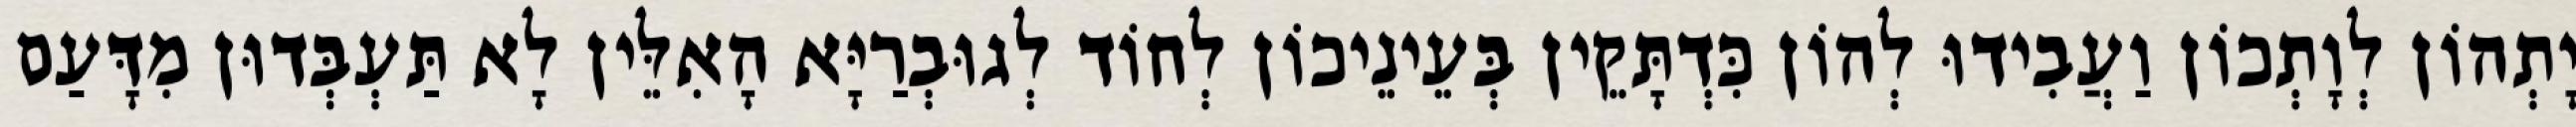
יָתְהוֹן לְוָתְכוֹן וַעֲבִידוּ לְהוֹן כִּדְתָּקֵין בְּעֵינֵיכוֹן לְחוֹד לְגוּבְרַיָּא הָאִלֵּין לָא תַּעְבְּדוּן מִדָּעַם